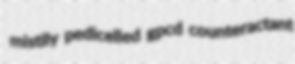
mistily pedicelled gpcd counteractant